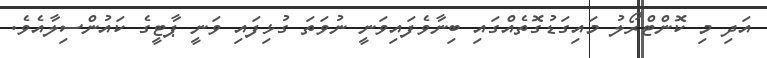
އަދި މި ކޮންޓްރޯލު މައިގަޑުގޮތެއްގައި ބިނާވެފައިވަނީ ނުވަތަ ގުޅިފައި ވަނީ ޕާޓީގެ ކައުންސިލާއެވެ.